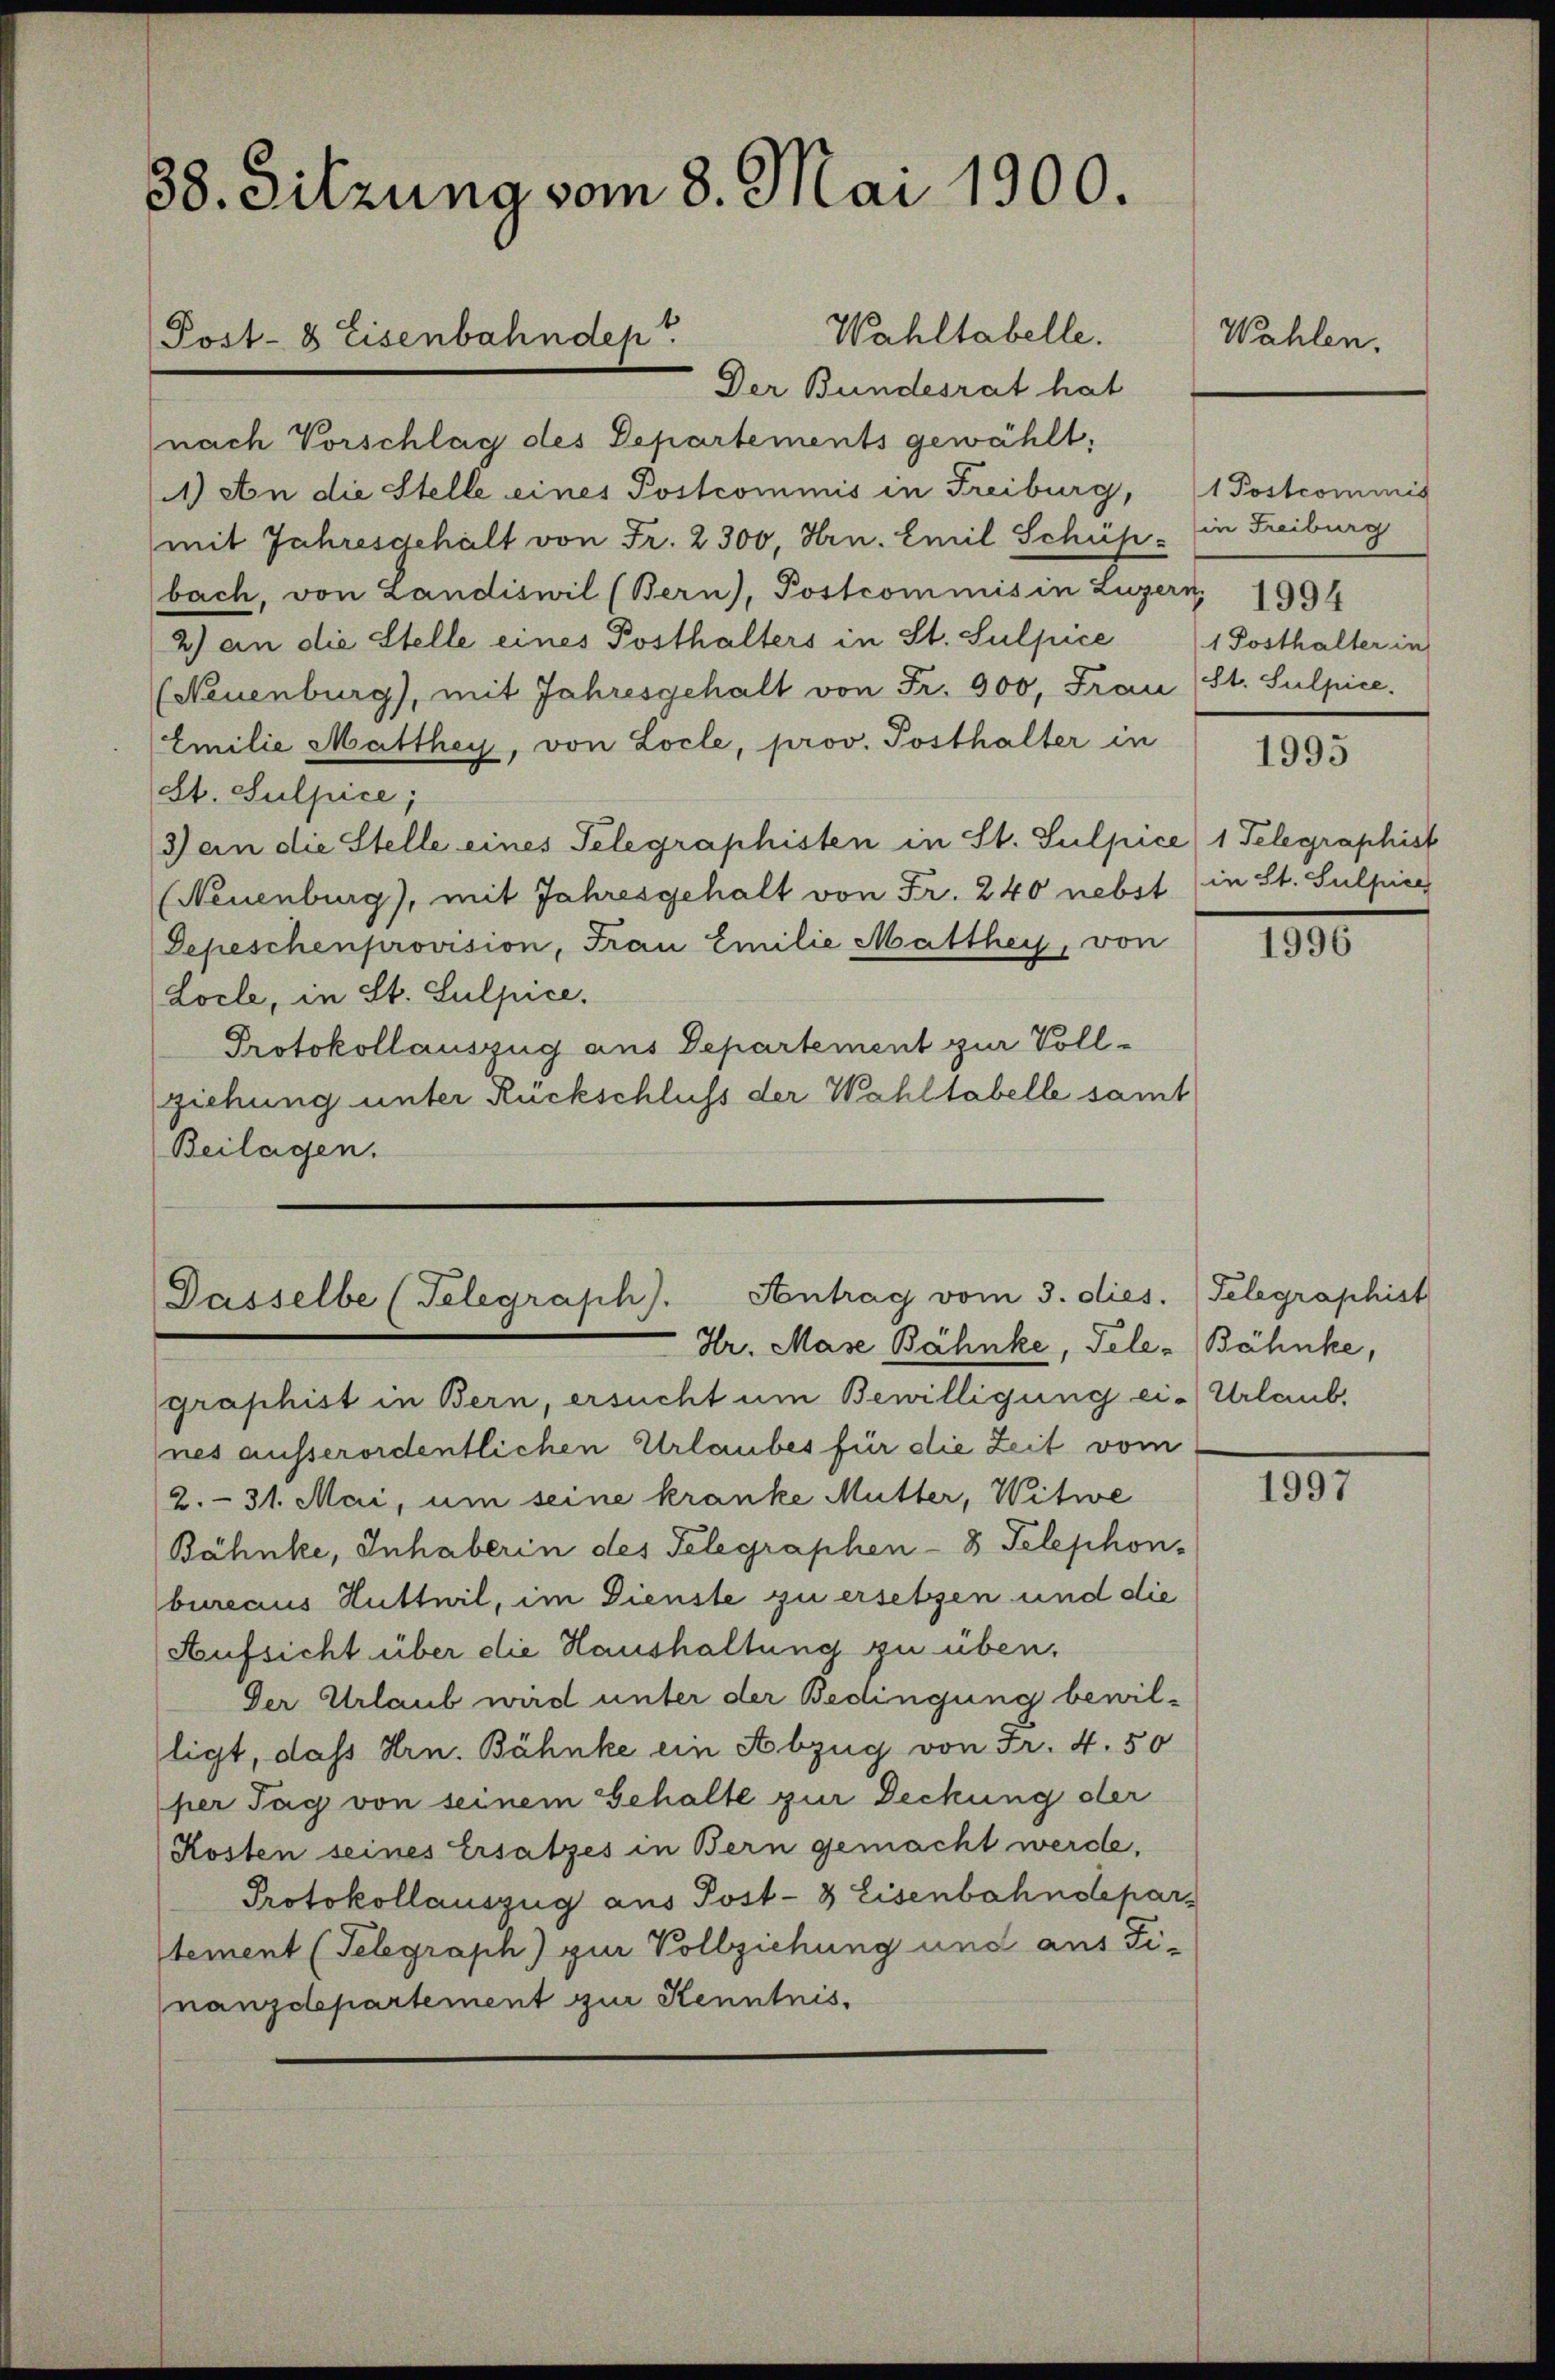
38. Sitzung vom 8. Mai 1900.

Wahltabelle.
Der Bundesrat hat
nach Vorschlag des Departements gewählt;
1) An die Stelle eines Postcommis in Freiburg, 1 Postcommis
mit Jahresgehalt von Fr. 2300, Hrn. Emil Schüp
bach, von Landiswil (Bern), Postcommis in Luzern, 1994
2) an die Stelle eines Posthalters in St. Sulpice  1 Posthalter in
(Neuenburg), mit Jahresgehalt von Fr. 900, Frau (St. Sulpice.
Emilie Matthey, von Locle, prov. Posthalter in
St. Sulpice;
3) an die Stelle eines Telegraphisten in St. Sulpice) 1 Telegraphist
(Neuenburg), mit Jahresgehalt von Fr. 240 nebst (in St. Sulpire
Depeschenprovision, Frau Emilie Matthey, von
Locle, in St. Sulpice.
Protokollauszug aus Departement zur Vollziehung unter Rückschluss der Wahltabelle samt
Beilagen.

(Post- 8 Eisenbahnden.

Antrag vom 3. dies. Telegraphist
Dasselbe (Telegraph).

Wahlen.

in Freiburg

Hr. Mase Bähnke, Tele-Bähnke,
graphist in Bern, ersucht um Bewilligung ei-Urlaubnes ausserordentlichen Urlaubes für die Zeit vom
2.- 31. Mai, um seine kranke Mutter, Witwe
Bähnke, Inhaberin des Telegraphen - 8 Telephon-
bureaus Hutteil, im Dienste zu ersetzen und die
Aufsicht über die Haushaltung zu üben.
Der Urlaub wird unter der Bedingung bewilligt, dass Hrn. Bähnke ein Abzug von Fr. 4. 50
per Tag von seinem Gehalte zur Deckung der
Kosten seines Ersatzes in Bern gemacht werde,
Protokollauszug aus Post- & Eisenbahndeparstement (Telegraph) zur Vollziehung und aus Ti-
nanzdepartement zur Kenntnis¬

1995

IIII

1997